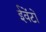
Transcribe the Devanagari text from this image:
ईवेंटों